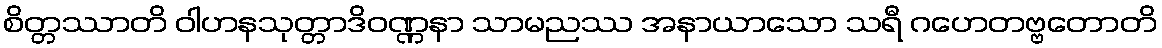
စိတ္တဿာတိ ဝါဟနသုတ္တာဒိဝဏ္ဏနာ သာမညဿ အနာယာသော သရီ ဂဟေတဗ္ဗတောတိ